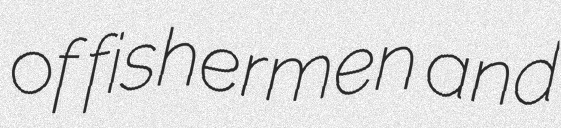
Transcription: of fishermen and